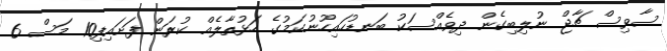
ސާވިސް ޗާޖް ނުލިބިގެން ދިވެއްސަކު ބަނޑުހައިހޫނުކަމުގެ ހަޅުތާލެއް ކުރަން ފަށައިފި10 މަސް 6